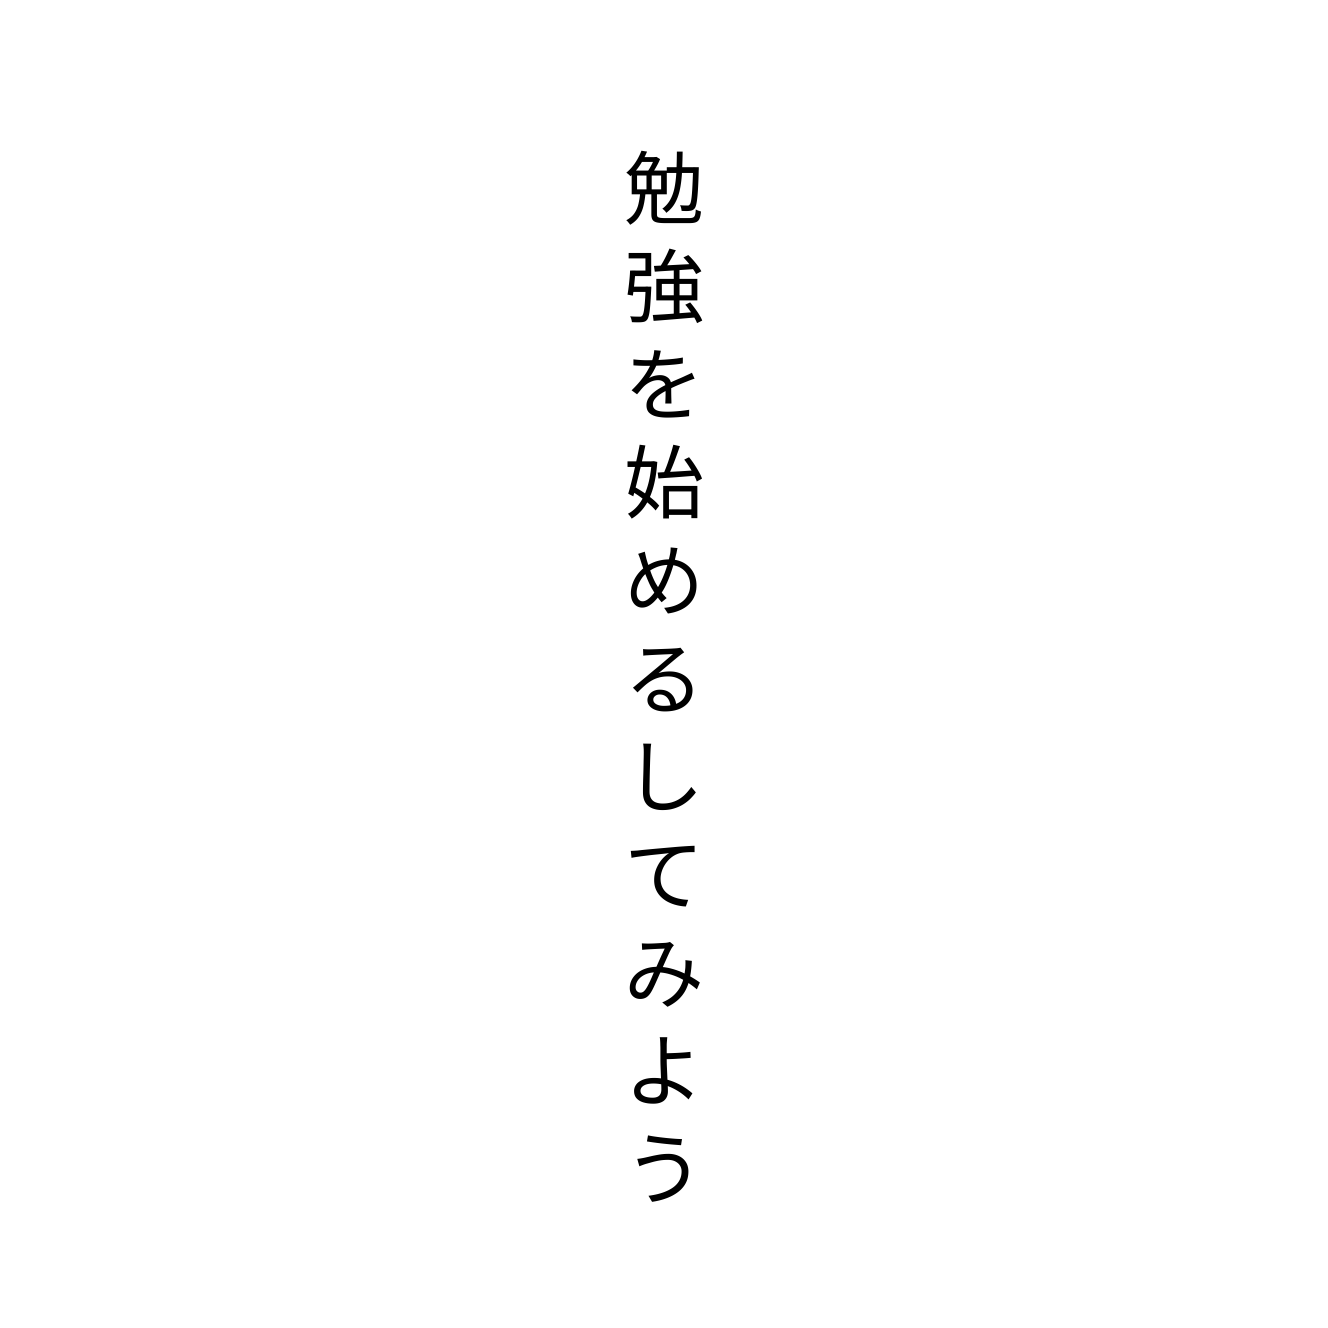
勉強を始めるしてみよう